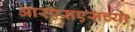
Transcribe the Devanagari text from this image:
आरएसएसच्या